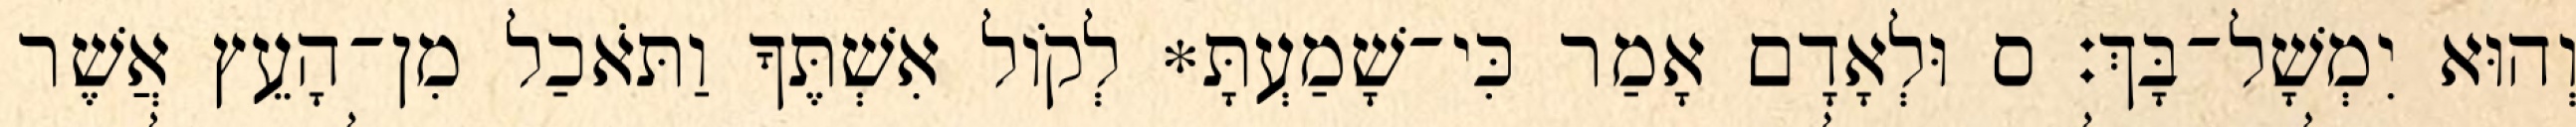
וְהוּא יִמְשָׁל־בָּךְ׃ ס וּלְאָדָם אָמַר כִּי־שָׁמַעְתָּ* לְקֹול אִשְׁתֶּךָ וַתֹּאכַל מִן־הָעֵץ אֲשֶׁר